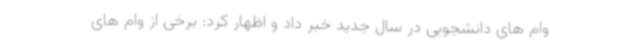
وام های دانشجویی در سال جدید خبر داد و اظهار کرد: برخی از وام های